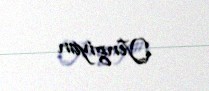
Yengiyan